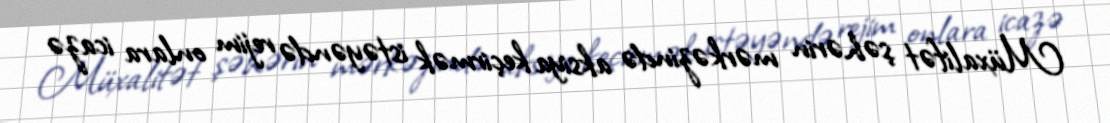
Müxalifət şəhərin mərkəzində aksiya keçirmək istəyəndə rejim onlara icazə